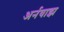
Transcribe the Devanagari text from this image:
अर्नवाझ